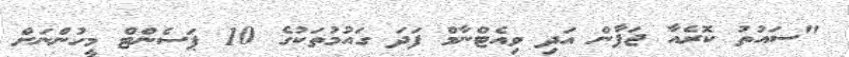
"ސައުތު ކޮރެއާ ޖަޕާން އަދި ވިއެޓްނާމް ފަދަ ގައުމުތަކުގެ 10 ޕަސެންޓް މީހުންނަށް